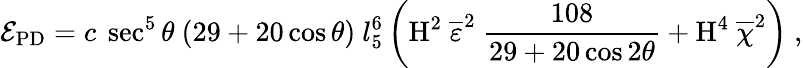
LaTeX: \mathcal{E}_{\textup{PD}}=c\ \sec^{5}\theta\ (29+20\cos\theta)\ l_{5}^{6}\left(\textup{H}^{2}\ \overline{{\varepsilon}}^{2}\ \frac{108}{29+20\cos 2\theta}+\textup{H}^{4}\ \overline{{\chi}}^{2}\right)\ ,